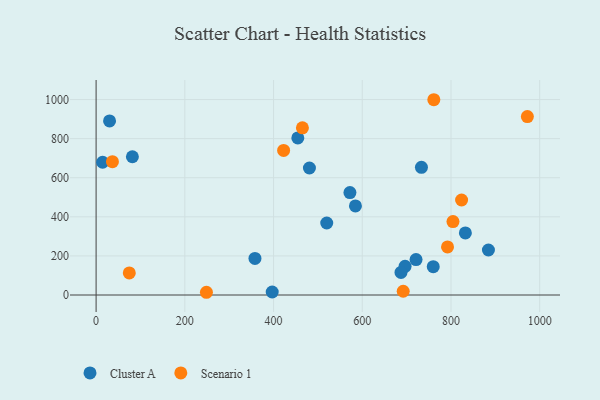
{"axis": {"x": "Engine Size", "y": "Salary"}, "legend": ["Cluster A", "Scenario 1"], "data": [{"x": "696.5", "y": 146.8, "type": "Cluster A"}, {"x": "397.0", "y": 15.4, "type": "Cluster A"}, {"x": "572.2", "y": 524.3, "type": "Cluster A"}, {"x": "832.4", "y": 317.8, "type": "Cluster A"}, {"x": "519.9", "y": 368.4, "type": "Cluster A"}, {"x": "14.7", "y": 679.3, "type": "Cluster A"}, {"x": "760.0", "y": 145.2, "type": "Cluster A"}, {"x": "454.7", "y": 803.6, "type": "Cluster A"}, {"x": "81.8", "y": 707.4, "type": "Cluster A"}, {"x": "721.2", "y": 181.4, "type": "Cluster A"}, {"x": "30.3", "y": 890.4, "type": "Cluster A"}, {"x": "884.4", "y": 230.3, "type": "Cluster A"}, {"x": "480.9", "y": 649.8, "type": "Cluster A"}, {"x": "584.6", "y": 456.0, "type": "Cluster A"}, {"x": "687.3", "y": 115.3, "type": "Cluster A"}, {"x": "733.4", "y": 653.1, "type": "Cluster A"}, {"x": "358.1", "y": 187.0, "type": "Cluster A"}, {"x": "761.3", "y": 999.1, "type": "Scenario 1"}, {"x": "36.8", "y": 682.1, "type": "Scenario 1"}, {"x": "792.2", "y": 245.8, "type": "Scenario 1"}, {"x": "823.9", "y": 486.1, "type": "Scenario 1"}, {"x": "74.8", "y": 113.2, "type": "Scenario 1"}, {"x": "465.1", "y": 855.4, "type": "Scenario 1"}, {"x": "804.5", "y": 375.9, "type": "Scenario 1"}, {"x": "692.3", "y": 19.3, "type": "Scenario 1"}, {"x": "248.7", "y": 14.0, "type": "Scenario 1"}, {"x": "422.7", "y": 739.8, "type": "Scenario 1"}, {"x": "972.2", "y": 912.9, "type": "Scenario 1"}]}